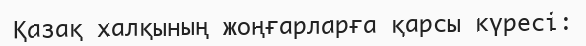
Қазақ халқының жоңғарларға қарсы күресі: